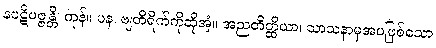
နပဋိပဇ္ဇန္တိ၊ ကုန်။ ပန၊ ဗျတိရိက်ကိုဆိုအံ့။ အညတိတ္ထိယာ၊ သာသနာမှအပဖြစ်သော